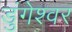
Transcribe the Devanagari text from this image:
डुंगेश्वर